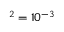
^ { 2 } = 1 0 ^ { - 3 }